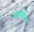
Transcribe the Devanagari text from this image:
स्मार्तांना